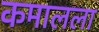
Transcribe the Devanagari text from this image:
कमालला